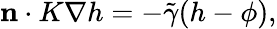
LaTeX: \begin{array}{r}{\mathbf{n}\cdot K\nabla h=-\tilde{\gamma}({h}-\phi),}\end{array}